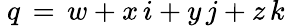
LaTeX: ~q\, =\, w+x\, i+y\, j+z\, k